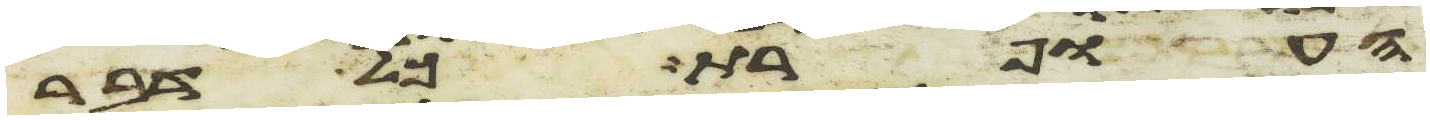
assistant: העופרת כל דבר